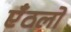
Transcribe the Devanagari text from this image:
एँठलों